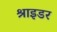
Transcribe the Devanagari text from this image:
श्राइडर